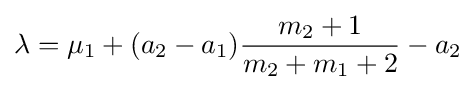
\lambda =\mu _{1}+(a_{2}-a_{1}){\frac {m_{2}+1}{m_{2}+m_{1}+2}}-a_{2}